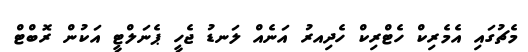
މެޗުގައި އެމެރިކް ހެޓްރިކް ހެދިއރު އަނެއް ލަނޑު ޖެހީ ޕެނަލްޓީ އަކުން ރޮބްޓް